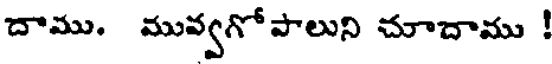
దాము. మువ్వగోపాలుని చూదాము !